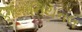
કોલોનિયનલ